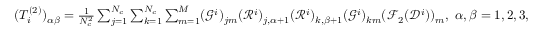
\begin{array} { r } { ( T _ { i } ^ { ( 2 ) } ) _ { \alpha \beta } = \frac { 1 } { N _ { c } ^ { 2 } } \sum _ { j = 1 } ^ { N _ { c } } \sum _ { k = 1 } ^ { N _ { c } } \sum _ { m = 1 } ^ { M } ( \mathcal G ^ { i } ) _ { j m } ( \mathcal R ^ { i } ) _ { j , \alpha + 1 } ( \mathcal R ^ { i } ) _ { k , \beta + 1 } ( \mathcal G ^ { i } ) _ { k m } ( \mathcal F _ { 2 } ( \mathcal D ^ { i } ) ) _ { m } , \ \alpha , \beta = 1 , 2 , 3 , } \end{array}